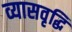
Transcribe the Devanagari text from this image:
व्यासवृद्धि